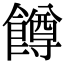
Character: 𬲝